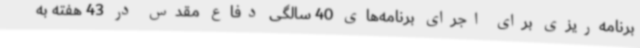
برنامه‌ریزی برای اجرای برنامه‌های 40 سالگی دفاع مقدس در 43 هفته به